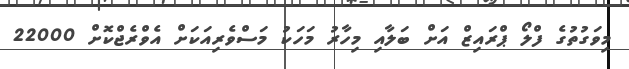
މިވަގުތުގެ ފްލޯ ޕްރައިޒް އަށް ބަލާއި މިހާރު މަހަކު މަސްވެރިއަކަށް އެވްރެޖްކޮށް 22000